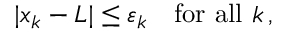
| x _ { k } - L | \leq \varepsilon _ { k } \quad { \mathrm { f o r ~ a l l ~ } } k \, ,